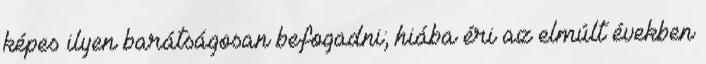
képes ilyen barátságosan befogadni; hiába éri az elmúlt években